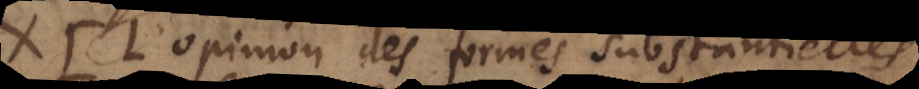
X. l’opinion des formes substantielles